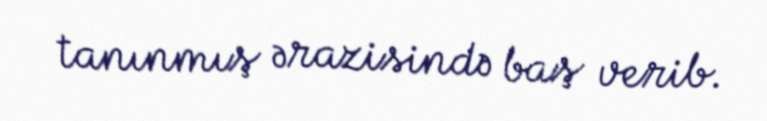
tanınmış ərazisində baş verib.